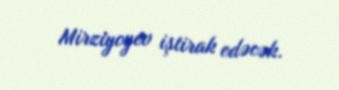
Mirziyoyev iştirak edəcək.